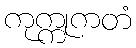
ကုက္ကုကတံ